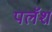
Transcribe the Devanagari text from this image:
पलॅश